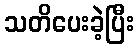
သတိပေးခဲ့ပြီး